Report on sanitation, dispensaries, and jails in Rajputana for 1921, and on vaccination for the year 1921-1922 - 1921-1922
Year: 1921
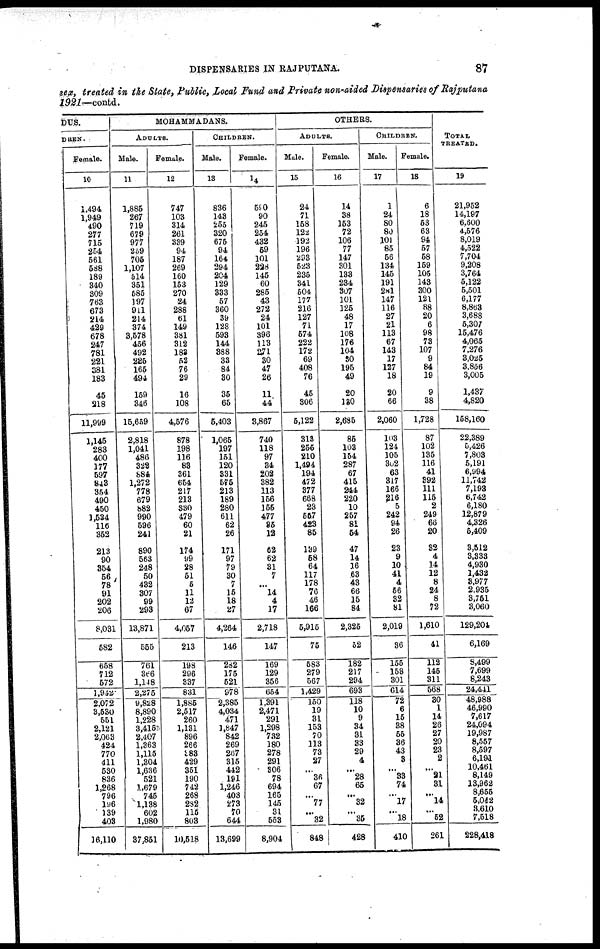
DISPENSARIES IN RAJPUTANA.
87
sex, treated in the State, Public, Local Fund and Private non-aided Dispensaries of Rajputana
1921-contd.
DUS.
DREN.
Female.
10
1,494
1,949
490
277
715
254
561
588
189
340
309
763
673
214
429
678
247
781
221
381
183
45
218
11,999
1,145
283
400
177
597
343
354
490
450
1,534
116
352
213
90
354
56
78
91
202
206
8,031
582
658
712
572
1,942
2,072
3,530
551
2,121
2,063
424
770
411
530
836
1,268
796
196
139
403
16,110
MOHAMMADANS.
ADULTS.
Male.
11
1,885
267
719
679
977
259
705
1,107
514
351
585
197
911
214
374
3,578
456
492
225
165
494
159
346
15,659
2,818
1,041
486
322
884
1,272
778
679
882
990
596
241
890
563
248
50
432
307
99
293
13,871
555
761
366
1,148
2,275
9,828
8,890
1,228
3,415
2,407
1,363
1,115
1,304
1,636
521
1,679
745
1,138
602
1,980
37,851
Female.
12
747
103
314
261
339
94
187
269
160
153
270
24
288
61
149
381
312
183
52
76
29
16
108
4,576
878
198
116
83
361
654
217
213
330
479
60
21
174
99
28
51
5
11
12
67
4,057
213
198
296
337
831
1,885
2,517
260
1,131
896
266
383
429
351
190
742
268
282
115
803
10,518
CHILDREN.
Male.
13
836
143
255
320
675
94
164
294
204
129
333
57
360
39
128
593
144
388
33
84
30
35
65
5,403
1,065
197
151
120
331
575
213
189
280
611
62
26
171
97
79
30
7
15
18
27
4,264
146
282
175
521
978
2,385
4,034
471
1,847
842
269
267
315
442
191
1,246
403
273
70
644
13,699
Female.
14
590
90
245
254
432
59
101
228
145
60
285
43
272
24
101
396
113
271
30
47
26
11
44
3,867
740
118
97
34
202
382
113
156
155
477
35
12
62
62
31
7
...
14
4
17
2,718
147
169
129
356
654
1,391
2,471
291
1,298
732
180
278
291
306
78
694
165
145
31
553
8,904
OTHERS.
ADULTS.
Male.
15
24
71
158
122
192
196
293
523
235
341
504
177
216
127
71
574
222
172
69
408
76
45
306
5,122
313
255
210
1,494
194
472
377
668
23
557
423
85
139
58
64
117
178
76
46
166
5,915
75
583
279
567
1,429
150
19
31
153
70
113
73
27
...
36
67
...
77
...
32
848
Female.
16
14
38
153
72
106
77
147
301
133
234
307
101
125
48
17
108
176
104
80
195
49
20
130
2,685
85
103
154
287
67
415
244
220
10
257
81
54
47
14
16
63
43
66
15
84
2,325
52
182
217
294
693
118
10
9
34
31
33
29
4
...
28
65
...
32
...
35
428
CHILDREN.
Male.
17
1
24
80
80
101
85
56
134
145
191
281
147
116
27
21
113
67
143
17
127
18
20
66
2,060
103
124
105
302
63
317
166
216
5
242
94
26
23
9
10
41
4
56
32
81
2,019
36
155
158
301
614
72
6
15
38
55
36
43
3
...
33
74
...
17
...
18
410
Female.
18
6
18
53
63
94
57
58
159
105
143
300
121
88
20
6
98
73
107
9
84
19
9
38
1,728
87
102
135
116
41
392
111
115
2
249
66
20
32
4
14
12
8
24
8
72
1,610
41
112
145
311
568
30
1
14
26
27
20
23
2
...
21
31
...
14
...
52
261
TOTAL
TREATED.
19
21,952
14,197
6,600
4,576
8,019
4,522
7,704
9,208
3,764
5,122
5,501
6,177
8,863
3,688
5,307
15,476
4,065
7,276
3,025
3,856
3,005
1,437
4,820
158,160
22,389
5,426
7,803
5,191
6,994
11,742
7,193
6,742
6,180
12,879
4,326
5,409
3,512
3,333
4,930
1,432
3,977
2,935
3,751
3,060
129,204
6,169
8,499
7,699
8,243
24,441
48,988
46,990
7,617
24,094
19,987
8,557
8,597
6,191
10,461
8,149
13,962
8,655
5,042
3,610
7,518
228,418